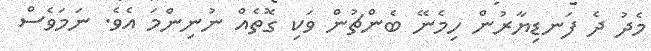
މެދު ދެ ފަނޑިޔާރުން ހިމެނޭ ބެންޗުން ވަކި ގޮތެއް ނުނިންމަ އެވެ. ނަމަވެސް